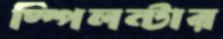
স্পিলন্টার